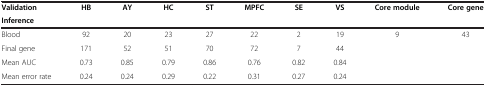
| Validation | <ROWSPAN=2> HB | <ROWSPAN=2> AY | <ROWSPAN=2> HC | <ROWSPAN=2> ST | <ROWSPAN=2> MPFC | <ROWSPAN=2> SE | <ROWSPAN=2> VS | <ROWSPAN=2> Core module | <ROWSPAN=2> Core gene |
 | Inference |
 | --- | --- | --- | --- | --- | --- | --- | --- | --- | --- |
 | Blood | 92 | 20 | 23 | 27 | 22 | 2 | 19 | 9 | 43 |
 | Final gene | 171 | 52 | 51 | 70 | 72 | 7 | 44 | <ROWSPAN=3-COLSPAN=2>  |
 | Mean AUC | 0.73 | 0.85 | 0.79 | 0.86 | 0.76 | 0.82 | 0.84 |
 | Mean error rate | 0.24 | 0.24 | 0.29 | 0.22 | 0.31 | 0.27 | 0.24 |